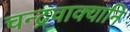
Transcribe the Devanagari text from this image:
चन्द्रवाक्यानि